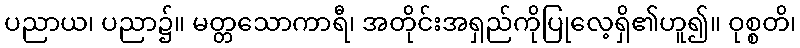
ပညာယ၊ ပညာ၌။ မတ္တသောကာရီ၊ အတိုင်းအရှည်ကိုပြုလေ့ရှိ၏ဟူ၍။ ဝုစ္စတိ၊